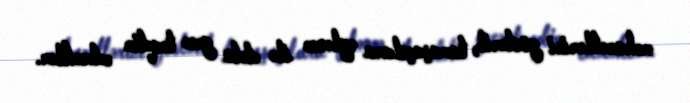
məharətlərini göstərib, tamaşaçılara əyləncə ilə dolu gecə təqdim edəcəklər.